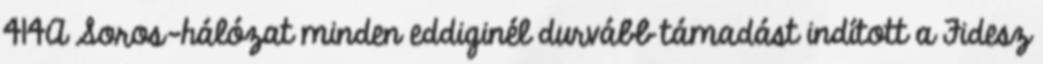
414A Soros-hálózat minden eddiginél durvább támadást indított a Fidesz